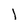
Character: I